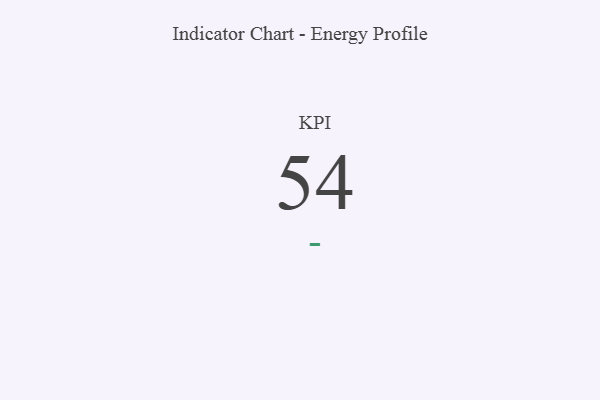
{"axis": {"x": "KPI", "y": "Value"}, "legend": [""], "data": [{"x": "KPI", "y": 54, "type": ""}]}